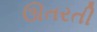
ઊતરતી